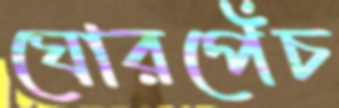
ঘোরপেঁচ